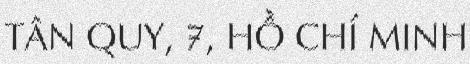
TÂN QUY, 7, HỒ CHÍ MINH